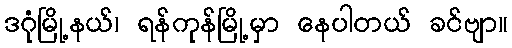
ဒဂုံမြို့နယ်၊ ရန်ကုန်မြို့မှာ နေပါတယ် ခင်ဗျာ။